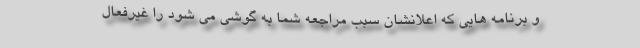
و برنامه هایی که اعلانشان سبب مراجعه شما به گوشی می شود را غیرفعال